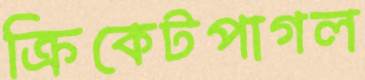
ক্রিকেটপাগল